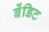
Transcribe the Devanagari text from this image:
बेंडिट